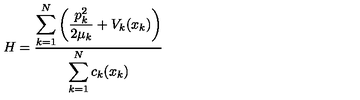
H = \frac { \displaystyle \sum _ { k = 1 } ^ { N } \left( \frac { p _ { k } ^ { 2 } } { 2 \mu _ { k } } + V _ { k } ( x _ { k } ) \right) } { \displaystyle \sum _ { k = 1 } ^ { N } c _ { k } ( x _ { k } ) }